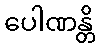
ပေါဏန္တိ